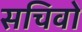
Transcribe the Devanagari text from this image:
सचिवो